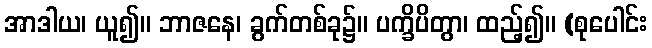
အာဒါယ၊ ယူ၍။ ဘာဇနေ၊ ခွက်တစ်ခု၌။ ပက္ခိပိတွာ၊ ထည့်၍။ (စုပေါင်း